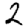
Digit: 2